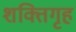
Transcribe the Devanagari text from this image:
शक्तिगृह